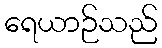
ရေယာဉ်သည်